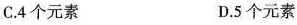
C. 4个元素 D. 5个元素